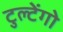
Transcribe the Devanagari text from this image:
टुल्टेंगो